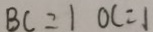
B C = 1 O C = 1